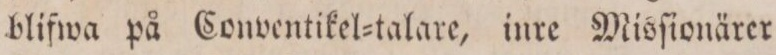
blifwa på Conventikel=talare, inre Misſionärer